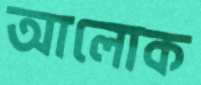
আলোক